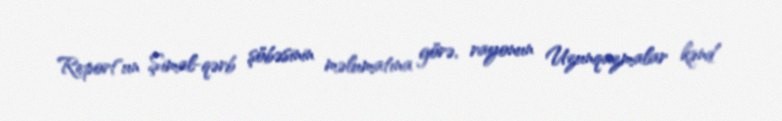
Report"un Şimal-qərb şöbəsinin məlumatına görə, rayonun Uzunqazmalar kənd